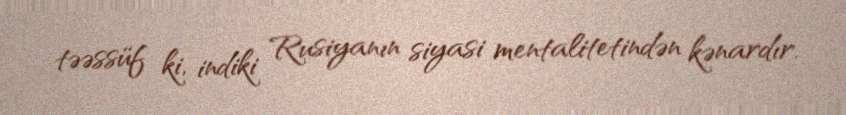
təəssüf ki, indiki Rusiyanın siyasi mentalitetindən kənardır.